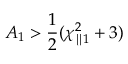
A _ { 1 } > \frac { 1 } { 2 } ( \chi _ { \parallel 1 } ^ { 2 } + 3 )